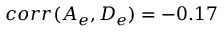
c o r r ( A _ { e } , D _ { e } ) = - 0 . 1 7